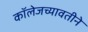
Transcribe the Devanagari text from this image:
कॉलेजच्यावतीने